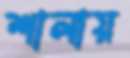
শালায়